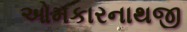
ઓમકારનાથજી